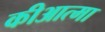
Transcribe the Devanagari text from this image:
कीआत्मा